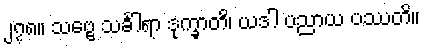
၂၇၈။ သဗ္ဗေ သင်္ခါရာ ဒုက္ခာတိ၊ ယဒါ ပညာယ ပဿတိ။